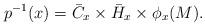
LaTeX: \begin{align*}p^{-1}(x)=\bar{C}_{x}\times\bar{H}_{x}\times\phi_{x}(M). \end{align*}